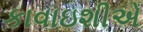
કાવાઇશીએ